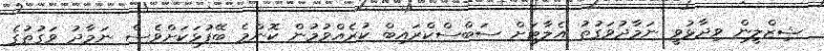
ޝިޒްލީން ވިދާޅުވީ ނަމާދުވަގުތު އެލާޓަށް ސަބްސްކްރައިބް ކުރެއްވުމުން ކޮންމެ ބޭފުޅަކަށްވެސް ނަމާދު ވަގުތުގެ